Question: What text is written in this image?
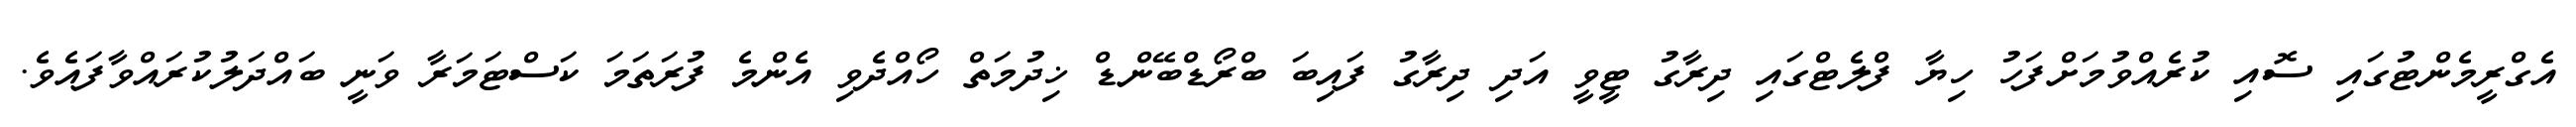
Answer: އެގްރީމެންޓުގައި ސޮއި ކުރެއްވުމަށްފަހު ހިޔާ ފްލެޓްގައި ދިރާގު ޓީވީ އަދި ދިރާގު ފައިބަ ބްރޯޑްބޭންޑް ޚިދުމަތް ހޯއްދެވި އެންމެ ފުރަތަމަ ކަސްޓަމަރާ ވަނީ ބައްދަލުކުރައްވާފައެވެ.